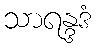
သာရန္ဒဒံ